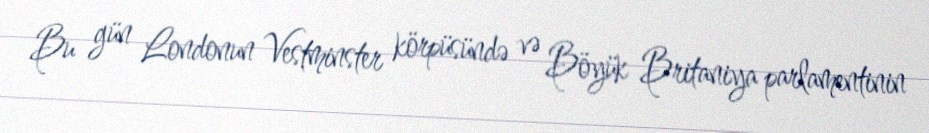
Bu gün Londonun Vestminster körpüsündə və Böyük Britaniya parlamentinin